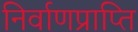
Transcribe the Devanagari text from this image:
निर्वाणप्राप्ति